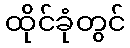
ထိုင်ခုံတွင်